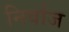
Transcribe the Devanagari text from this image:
निर्वाज